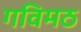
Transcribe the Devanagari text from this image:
गविमठ